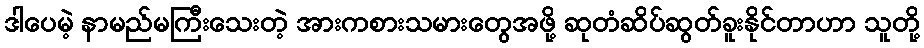
ဒါပေမဲ့ နာမည်မကြီးသေးတဲ့ အားကစားသမားတွေအဖို့ ဆုတံဆိပ်ဆွတ်ခူးနိုင်တာဟာ သူတို့